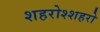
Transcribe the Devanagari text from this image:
शहरोश्शहरो